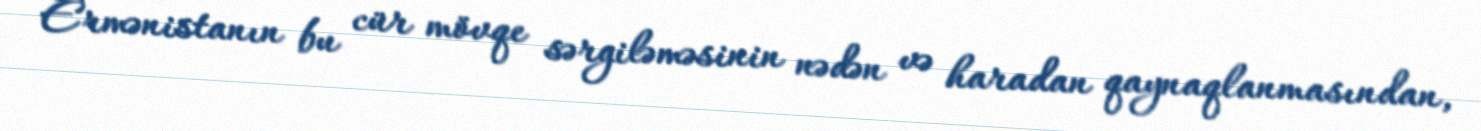
Ermənistanın bu cür mövqe sərgiləməsinin nədən və haradan qaynaqlanmasından,